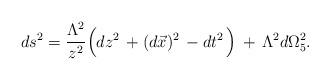
LaTeX: \begin{align*}ds^2=\frac {\Lambda^2 }{ z^2}\Big( dz^2 \,+(d\vec x)^2\,- dt^2 \,\Big)\,+\,\Lambda^2 d\Omega^2_5.\end{align*}